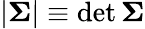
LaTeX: |{\boldsymbol{\Sigma}}|\equiv\operatorname*{det}{\boldsymbol{\Sigma}}